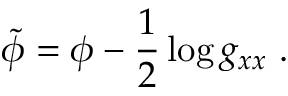
\tilde { \phi } = \phi - { \frac { 1 } { 2 } } \log g _ { x x } \ .